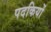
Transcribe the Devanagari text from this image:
पदकियों